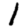
Digit: 1